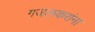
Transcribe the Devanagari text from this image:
गजलकरांना